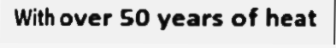
With over 50 years of heat